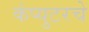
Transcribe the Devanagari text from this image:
कंप्युटरचे